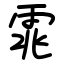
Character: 雿